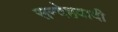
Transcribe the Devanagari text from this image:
सन्देहवादी